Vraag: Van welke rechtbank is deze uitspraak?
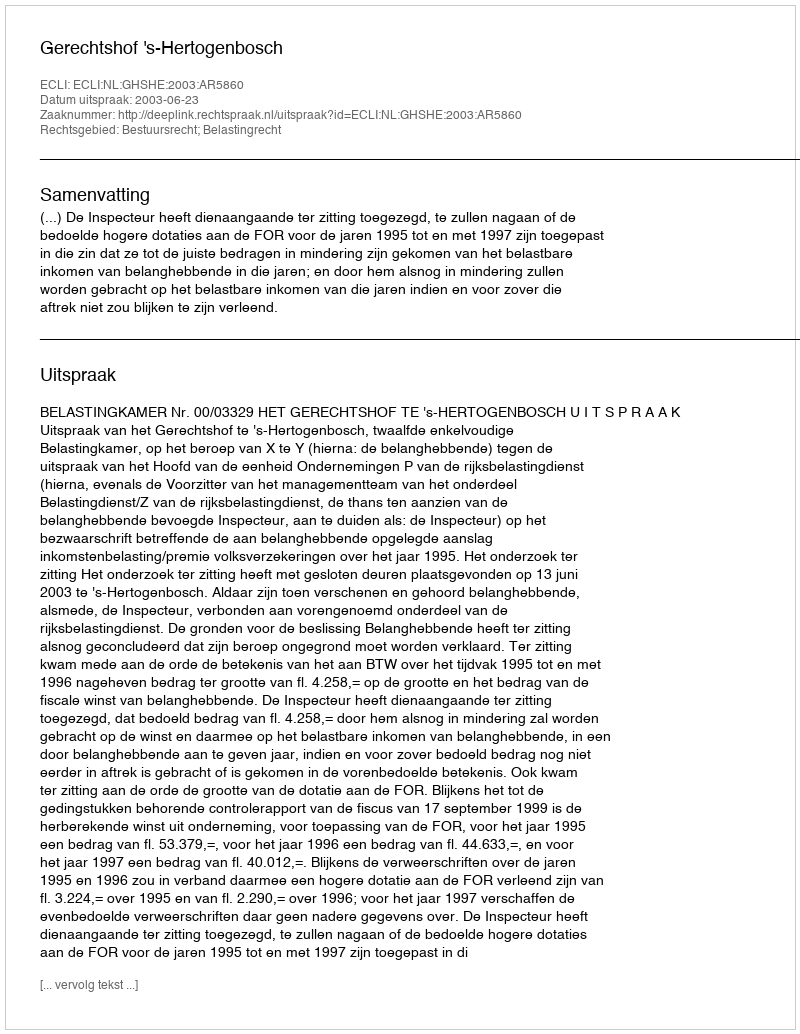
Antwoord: Gerechtshof 's-Hertogenbosch